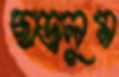
ছাড়ালুম